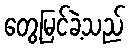
တွေ့မြင်ခဲ့သည်